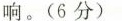
响。(6分)